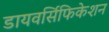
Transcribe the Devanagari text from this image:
डायवर्सिफिकेशन